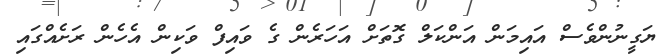
ޔަގީނުންވެސް އައިމަން އަންކަލް ގޮތަށް އަހަރެން ގެ ވައިފް ވަކިން އެހެން ރަށެއްގައި